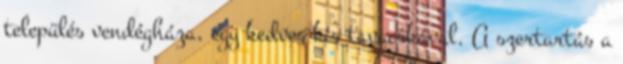
település vendégháza, egy kedves kis tavacskával. A szertartás a